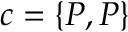
c = \{ P , P \}